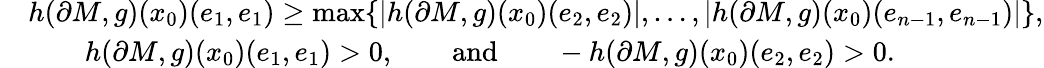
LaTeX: \begin{array}{rl}&{h(\partial M,g)(x_{0})(e_{1},e_{1})\geq\operatorname*{max}\{ |h(\partial M,g)(x_{0})(e_{2},e_{2})|,\dots,|h(\partial M,g)(x_{0})(e_{n-1},e_{n-1})|\} ,}\\ &{\qquad h(\partial M,g)(x_{0})(e_{1},e_{1})>0,\qquad\mathrm{and}\qquad-h(\partial M,g)(x_{0})(e_{2},e_{2})>0.}\end{array}